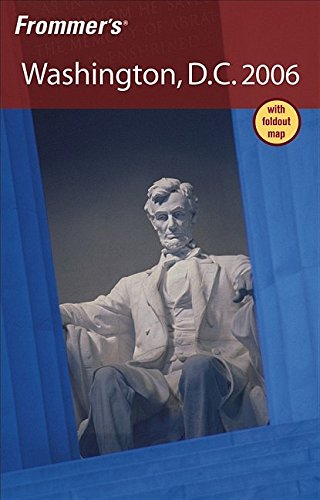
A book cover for Frommer's Washington, D.C. 2006 (Frommer's Complete Guides); Elise H. Ford; Travel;